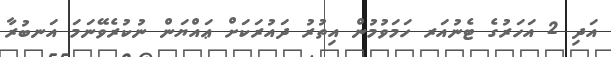
އަދި 2 އަހަރުގެ ޓެނުއަރ ހަމަވުމުން އިތުރު ދައުރަކަށް ޢައްޔަން ނުކުރެވޭނަމަ އަނބުރާ